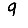
Digit: 9